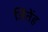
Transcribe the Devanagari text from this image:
जिंतेंह